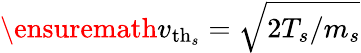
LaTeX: \ensuremath{v_{\mathrm{th}_{s}}}=\sqrt{2T_{s}/m_{s}}